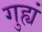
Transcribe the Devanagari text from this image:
गुह्यं